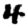
Digit: 4